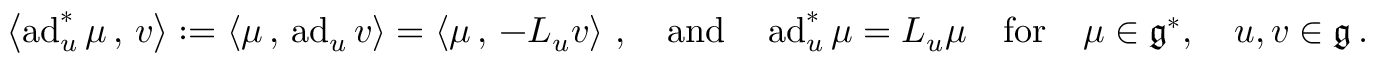
\begin{array} { r } { \left< \operatorname { a d } _ { u } ^ { * } \mu \, , \, v \right> : = \left< \mu \, , \, \operatorname { a d } _ { u } v \right> = \left< \mu \, , \, - { \cal L } _ { u } v \right> \, , \quad \mathrm { a n d } \quad \operatorname { a d } _ { u } ^ { * } \mu = { \cal L } _ { u } \mu \quad \mathrm { f o r } \quad \mu \in \mathfrak { g } ^ { * } , \quad u , v \in \mathfrak { g } \, . } \end{array}